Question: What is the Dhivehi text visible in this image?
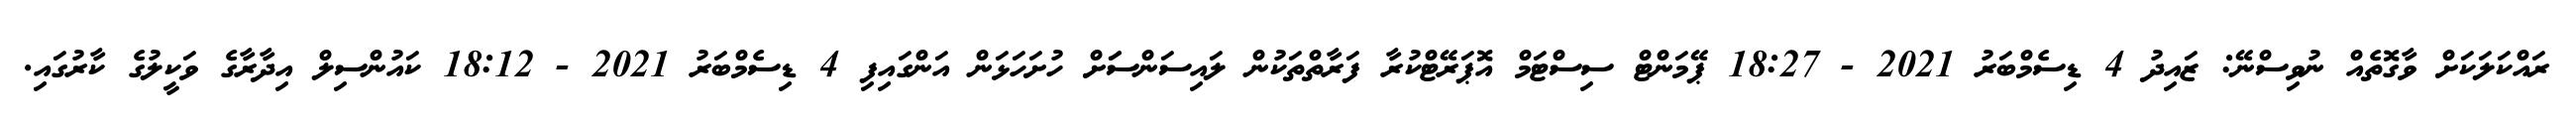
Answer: ރައްކަލަކަށް ވާގޮތެއް ނުވިސްނޭ: ޒައިދު 4 ޑިސެމްބަރު 2021 - 18:27 ޕޭމަންޓް ސިސްޓަމް އޮޕަރޭޓްކުރާ ފަރާތްތަކުން ލައިސަންސަަށް ހުށަހަޅަން އަންގައިފި 4 ޑިސެމްބަރު 2021 - 18:12 ކައުންސިލް އިދާރާގެ ވަކީލުގެ ކާރުގައި.